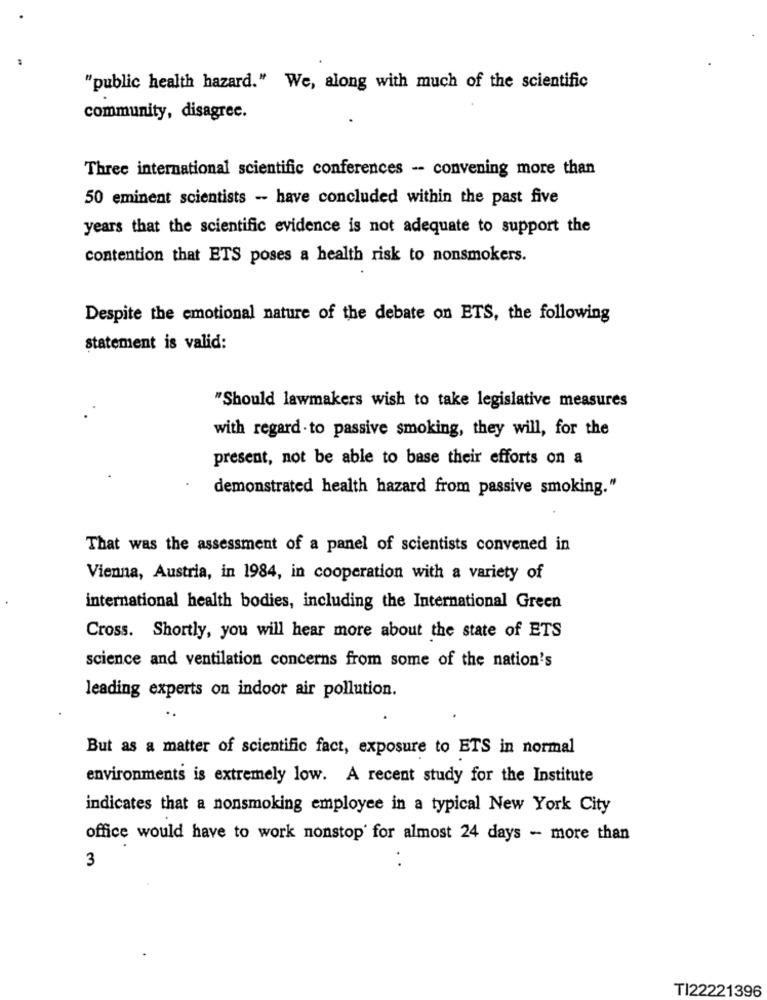
"public health hazard." We, along with much of the scientific
community, disagree.
Three international scientific conferences -- convening more than
50 eminent scientists - have concluded within the past five
years that the scientific evidence is not adequate to support the
contention that ETS poses a health risk to nonsmokers.
Despite the emotional nature of the debate on ETS, the following
statement is valid:
"Should lawmakers wish to take legislative measures
with regard to passive smoking, they will, for the
present, not be able to base their efforts on a
demonstrated health hazard from passive smoking."
That was the assessment of a panel of scientists convened in
Vienna, Austria, in 1984, in cooperation with a variety of
international health bodies, including the International Green
Cross. Shortly, you will hear more about the state of ETS
science and ventilation concerns from some of the nation's
leading experts on indoor air pollution.
But as a matter of scientific fact, exposure to ETS in normal
environments is extremely low. A recent study for the Institute
indicates that a nonsmoking employee in a typical New York City
office would have to work nonstop for almost 24 days - more than
3
TI22221396